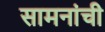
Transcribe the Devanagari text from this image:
सामनांची